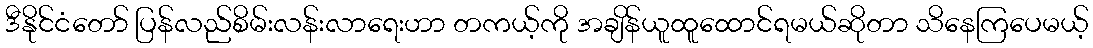
ဒီနိုင်ငံတော် ပြန်လည်စိမ်းလန်းလာရေးဟာ တကယ့်ကို အချိန်ယူထူထောင်ရမယ်ဆိုတာ သိနေကြပေမယ့်